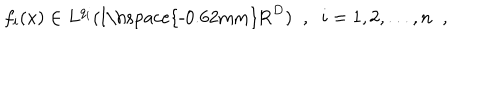
f _ { i } ( x ) \in L ^ { q _ { i } } ( \mathrm { I \hspace { - 0 . 6 2 m m } R } ^ { D } ) \; \; , \; \; i = 1 , 2 , . . . , n \; \; ,